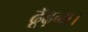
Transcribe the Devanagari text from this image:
ढूँढ़ना।